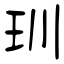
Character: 玔